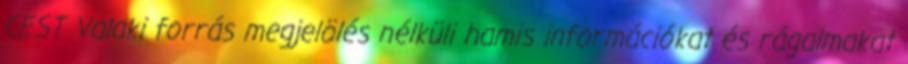
CEST Valaki forrás megjelölés nélküli hamis információkat és rágalmakat